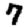
Digit: 7